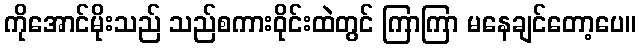
ကိုအောင်မိုးသည် သည်စကားဝိုင်းထဲတွင် ကြာကြာ မနေချင်တော့ပေ။